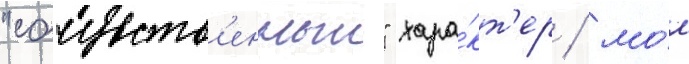
"сочувств'енныи" хара́кт'ер / мо́л